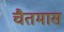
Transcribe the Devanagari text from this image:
चैतमास